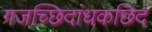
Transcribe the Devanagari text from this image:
गजच्छिदांधकछिदं